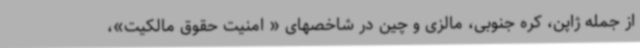
از جمله ژاپن، کره جنوبی، مالزی و چین در شاخصهای « امنیت حقوق مالکیت»،